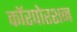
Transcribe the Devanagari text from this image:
कॉरपोरशन